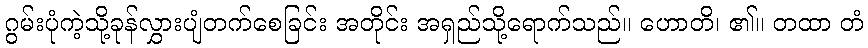
ဂွမ်းပုံကဲ့သို့ခုန်လွှားပျံတက်စေခြင်း အတိုင်း အရှည်သို့ရောက်သည်။ ဟောတိ၊ ၏။ တထာ တံ